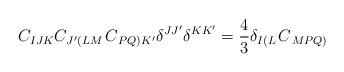
LaTeX: \begin{align*}C_{IJK}C_{J^{\prime }\left( LM\right. }C_{\left. PQ\right) K^{\prime}}\delta ^{JJ^{\prime }}\delta ^{KK^{\prime }}=\frac{4}{3}\delta _{I\left(L\right. }C_{\left. MPQ\right) }\end{align*}